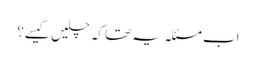
اب مسئلہ یہ تھا کہ چلیں کیسے؟